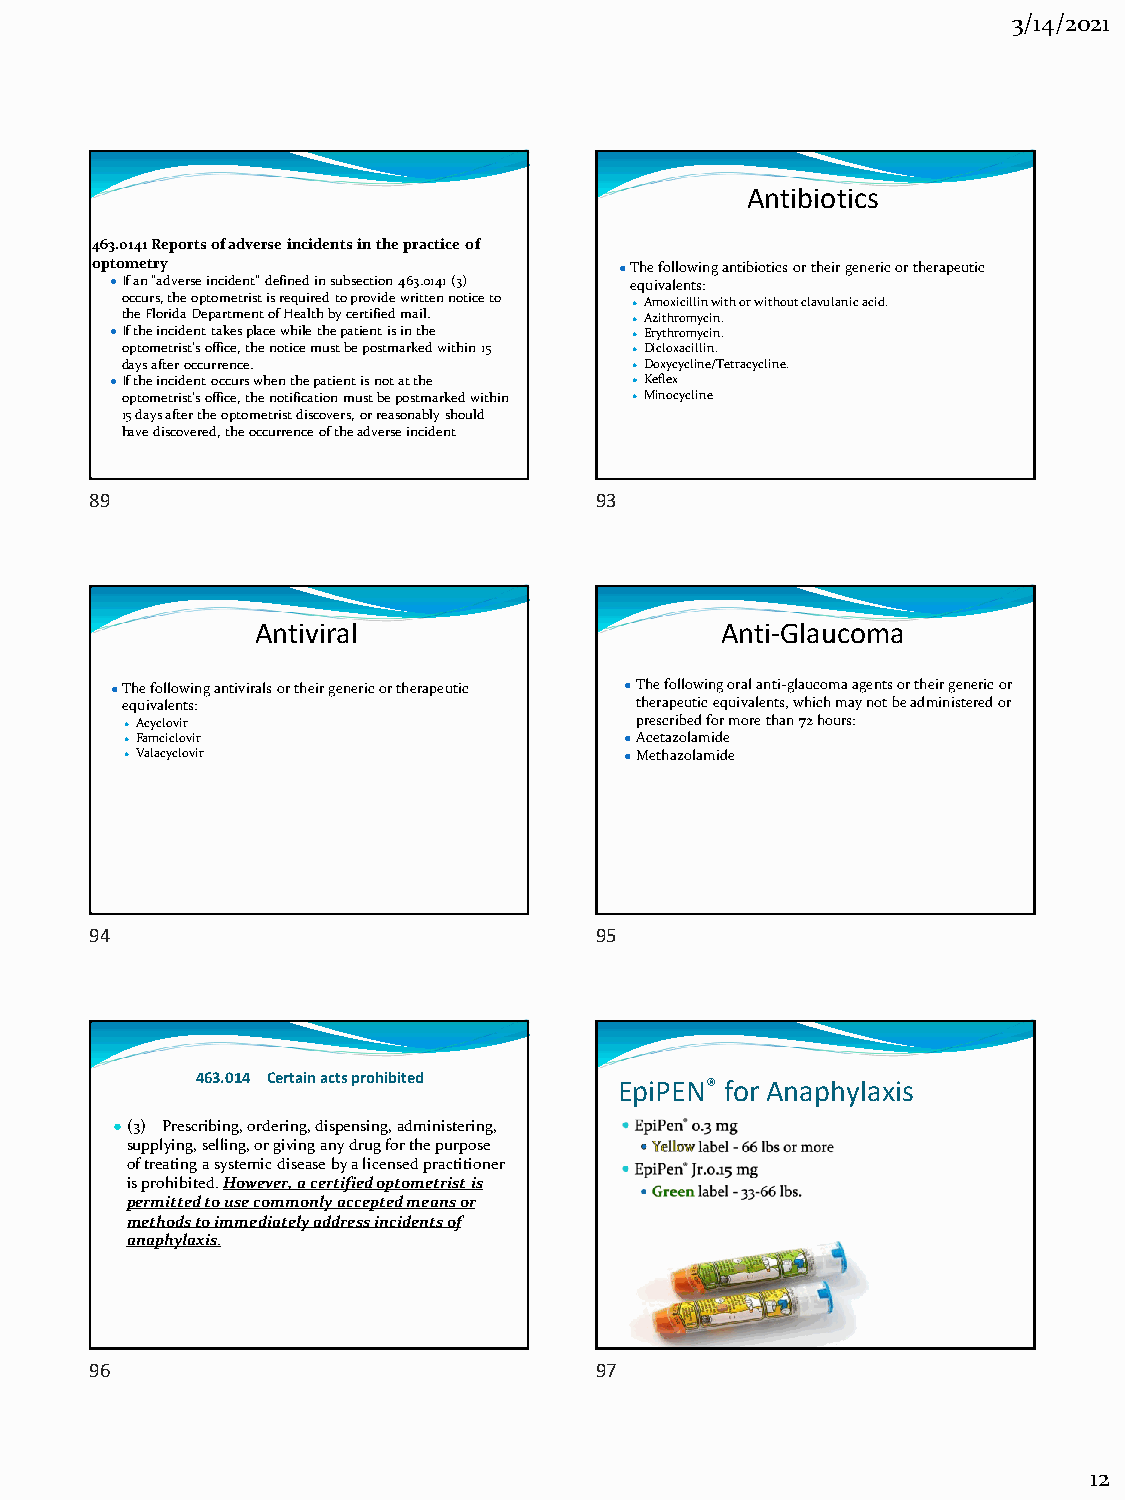
3/14/2021
 Antibiotics
 463.0141 Reports of adverse incidents in the practice of
 optometry                          ●The following antibiotics or their generic or therapeutic
 ●If an “adverse incident” defined in subsection 463.0141 (3) equivalents:
 occurs, the optometrist is required to provide written notice to ●Amoxicillin with or without clavulanic acid.
 the Florida Department of Health by certified mail. ●Azithromycin.
 ●If the incident takes place while the patient is in the ●Erythromycin.
 optometrist’s office, the notice must be postmarked within 15 ●Dicloxacillin.
 days after occurrence.            ●Doxycycline/Tetracycline.
 ●If the incident occurs when the patient is not at the ●Keflex
 optometrist’s office, the notification must be postmarked within ●Minocycline
 15 days after the optometrist discovers, or reasonably should
 have discovered, the occurrence of the adverse incident
 89                               93
 Antiviral                      Anti-Glaucoma
 ●The following antivirals or their generic or therapeutic ●The following oral anti-glaucoma agents or their generic or
 equivalents:                      therapeutic equivalents, which may not be administered or
 ●Acyclovir                        prescribed for more than 72 hours:
 ●Famciclovir                     ●Acetazolamide
 ●Valacyclovir                    ●Methazolamide
 94                               95
 463.014 Certain acts prohibited
 EpiPEN® for Anaphylaxis
 ●(3) Prescribing, ordering, dispensing, administering,
 supplying, selling, or giving any drug for the purpose
 of treating a systemic disease by a licensed practitioner
 is prohibited. However, a certified optometrist is
 permitted to use commonly accepted means or
 methods to immediately address incidents of
 anaphylaxis.
 96                               97
 12